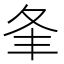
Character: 夆